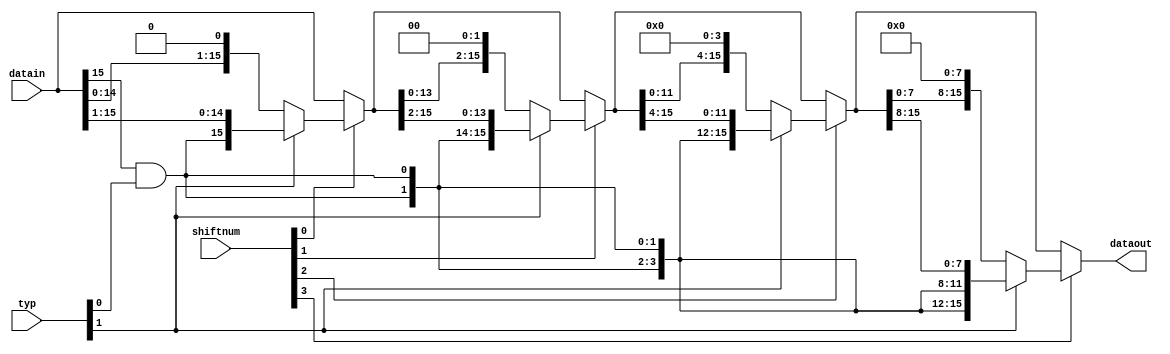
module bshifter16
(
    input [15:0]datain,
    input [1:0]typ,
    input [3:0]shiftnum,
    output [15:0]dataout
);
wire [15:0]shift0;
wire [15:0]shift1;
wire [15:0]shift2;
wire [15:0]shift3;
assign shift0=(
    (shiftnum[0])?
    (typ[1]?{{1{datain[15]&typ[0]}},datain[15:1]}:{datain[14:0],1'b0}):
    (datain));
assign shift1=(
    (shiftnum[1])?
    (typ[1]?{{2{datain[15]&typ[0]}},shift0[15:2]}:{shift0[13:0],2'b0}):
    (shift0)
    );
assign shift2=(
    (shiftnum[2])?
    (typ[1]?{{4{datain[15]&typ[0]}},shift1[15:4]}:{shift1[11:0],4'b0}):
    (shift1)
    );
assign shift3=(
    (shiftnum[3])?
    (typ[1]?{{8{datain[15]&typ[0]}},shift2[15:8]}:{shift2[7:0],8'b0}):
    (shift2)
    );
assign dataout=shift3;




endmodule